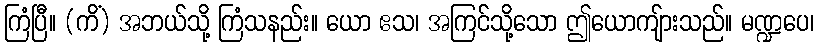
ကြံပြီ။ (ကိံ) အဘယ်သို့ ကြံသနည်း။ ယော ဧသ၊ အကြင်သို့သော ဤယောကျ်ားသည်။ မဏ္ဍပေ၊